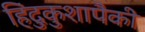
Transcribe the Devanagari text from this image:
हिंदुकुशापैकी